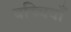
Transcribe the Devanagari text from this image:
बच्चियाँ